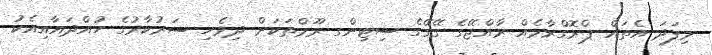
މިފަދަ އެތައް ޕްރޮގްރާމެއް ރާއްޖޭގެ ގޭގޭގެ ސިޓިންގ ރޫމްތަކަށް ދިވެހި ސަރުކާރުގެ ހުއްދައާއިއެކު